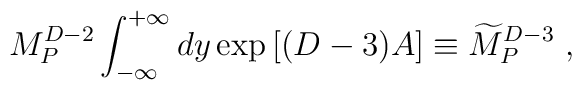
M_P^{D-2}\int_{-\infty}^{+\infty} dy \exp\left[(D-3)A\right]\equiv {\widetilde M}_P^{D-3}~,